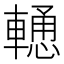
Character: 𨎢